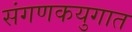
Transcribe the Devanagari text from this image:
संगणकयुगात